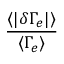
\frac { \langle | \delta \Gamma _ { e } | \rangle } { \langle \Gamma _ { e } \rangle }